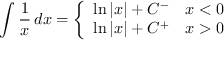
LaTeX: \int { \frac { 1 } { x } } \, d x = { \left\{ \begin{array} { l l } { \ln | x | + C ^ { - } } & { x < 0 } \\ { \ln | x | + C ^ { + } } & { x > 0 } \end{array} \right. }